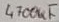
Text: 4700uF